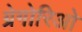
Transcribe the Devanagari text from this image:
ग्रेगोरिओ